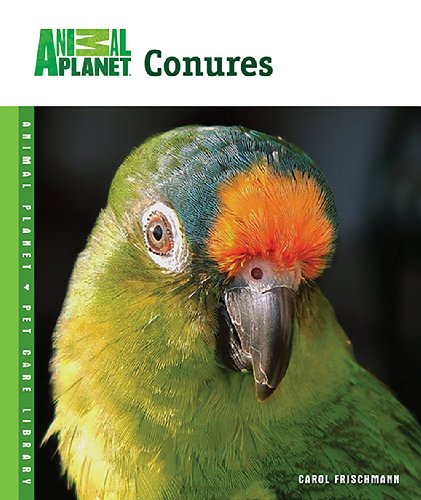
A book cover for Conures (Animal PlanetÂ® Pet Care Library); Carol Frischmann; Crafts, Hobbies & Home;